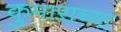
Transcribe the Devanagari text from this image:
कुमाराच्या